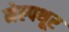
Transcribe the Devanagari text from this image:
मेल्पथूर